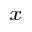
_ x